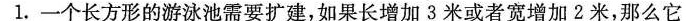
1.一个长方形的游泳池需要扩建，如果长增加3米或者宽增加2米，那么它